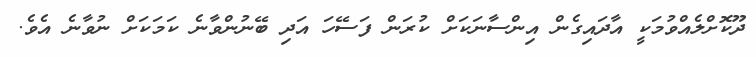
ދޫކޮށްލެއްވުމަކީ އާދައިގެން އިންސާނަކަށް ކުރަން ފަސޭހަ އަދި ބޭނުންވާނެ ކަމަކަށް ނުވާނެ އެވެ.